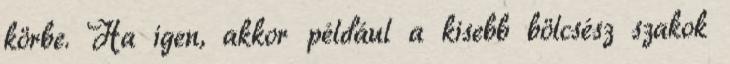
körbe. Ha igen, akkor például a kisebb bölcsész szakok